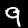
Label: 9